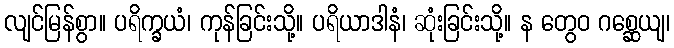
လျင်မြန်စွာ။ ပရိက္ခယံ၊ ကုန်ခြင်းသို့။ ပရိယာဒါနံ၊ ဆုံးခြင်းသို့။ န တွေဝ ဂစ္ဆေယျ၊